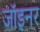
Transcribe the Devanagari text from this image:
जॉइनर